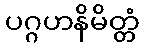
ပဂ္ဂဟနိမိတ္တံ